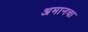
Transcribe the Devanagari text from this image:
अमानचा